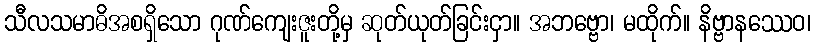
သီလသမာဓိအစရှိသော ဂုဏ်ကျေးဇူးတို့မှ ဆုတ်ယုတ်ခြင်းငှာ။ အဘဗ္ဗော၊ မထိုက်။ နိဗ္ဗာနဿေဝ၊